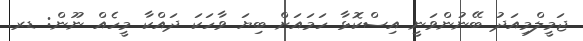
ޖަމީލްމިއަދު ބޭނުންވަނީ އިސްކޮޅާ ހަމައަށް ބިޔަ ވާހަކަ ދައްކާ މީހެއް ނޫން: ޑރ.